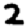
Digit: 2